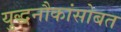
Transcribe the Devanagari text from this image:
युद्धनौकांसोबत